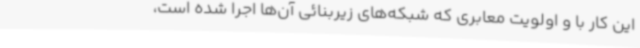
این کار با و اولویت معابری که شبکه‌های زیربنائی آن‌ها اجرا شده است،